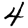
Digit: 4